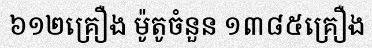
៦១២គ្រឿង ម៉ូតូចំនួន ១៣៨៥គ្រឿង